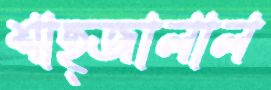
শাহ্জালাল